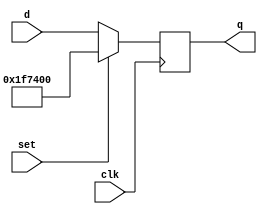
`timescale 1ns / 1ps
//////////////////////////////////////////////////////////////////////////////////
// Company: 
// Engineer: 
// 
// Design Name: 
// Module Name: dff1
// Project Name: 
// Target Devices: 
// Tool Versions: 
// Description: 
// 
// Dependencies: 
// 
// Revision:
// Revision 0.01 - File Created
// Additional Comments:
// 
//////////////////////////////////////////////////////////////////////////////////


module dff1(
    input signed [20:0] d,
    input set,
    input clk,
    output reg signed [20:0] q
    );
    
    always @(posedge clk)
        begin
            if(set == 1)
                begin
                   // q <= 21'b1111_1011_1111_000000000; // -65
                   q <= 21'b1111_1011_1010_000_000_000;
                end
            else 
                begin
                    q <= d;
                end
        end
endmodule